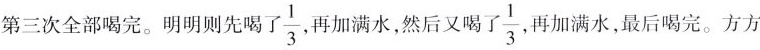
第三次全部喝完。明明则先喝了\frac{1}{3}再加满水，然后又喝\frac{1}{3},再加满水，最后喝完。方方